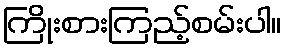
ကြိုးစားကြည့်စမ်းပါ။